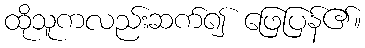
ထိုသူကလည်းဆက်၍ ဖြေပြန်၏။